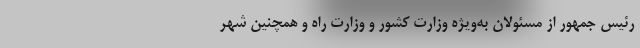
رئیس جمهور از مسئولان به‌ویژه وزارت کشور و وزارت راه و همچنین شهر